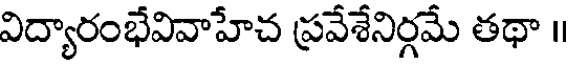
విద్యారంభేవివాహేచ ప్రవేశేనిర్గమే తథా ॥